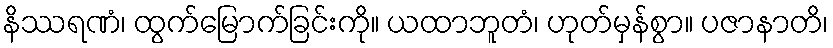
နိဿရဏံ၊ ထွက်မြောက်ခြင်းကို။ ယထာဘူတံ၊ ဟုတ်မှန်စွာ။ ပဇာနာတိ၊